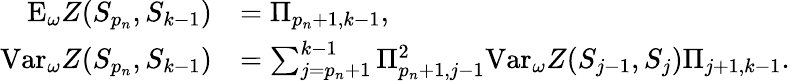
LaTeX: \begin{array}{rl}{\mathrm{E}_{\omega}Z(S_{p_{n}},S_{k-1})}&{=\Pi_{p_{n}+1,k-1},}\\ {\mathrm{Var}_{\omega}Z(S_{p_{n}},S_{k-1})}&{=\sum_{j=p_{n}+1}^{k-1}\Pi_{p_{n}+1,j-1}^{2}\mathrm{Var}_{\omega}Z(S_{j-1},S_{j})\Pi_{j+1,k-1}.}\end{array}